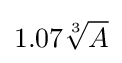
1.07{\sqrt[{3}]{A}}